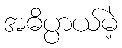
အဓိပ္ပာယ်မဲ့